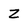
Character: Z